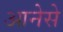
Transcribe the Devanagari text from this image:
आनेसे